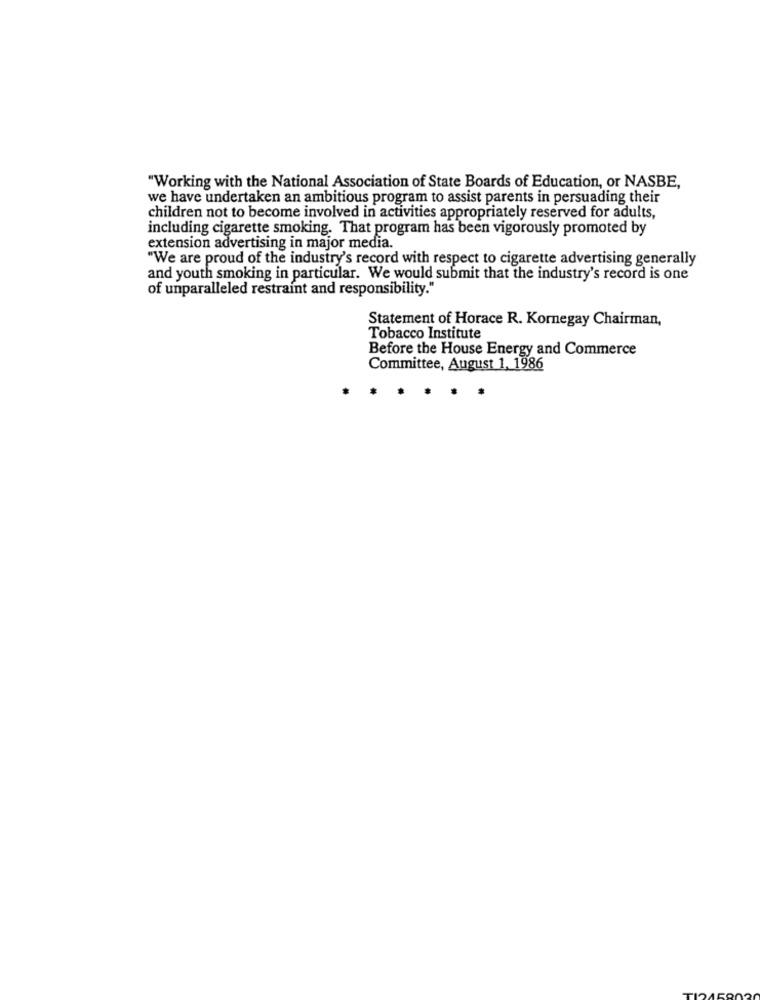
"Working with the National Association of State Boards of Education, or NASBE,
we have undertaken an ambitious program to assist parents in persuading their
children not to become involved in activities appropriately reserved for adults,
including cigarette smoking. That program has been vigorously promoted by
extension advertising in major media.
"We are proud of the industry's record with respect to cigarette advertising generally
and youth smoking in particular. We would submit that the industry's record is one
of unparalleled restraint and responsibility."
Statement of Horace R. Kornegay Chairman,
Tobacco Institute
Before the House Energy and Commerce
Committee, August 1, 1986